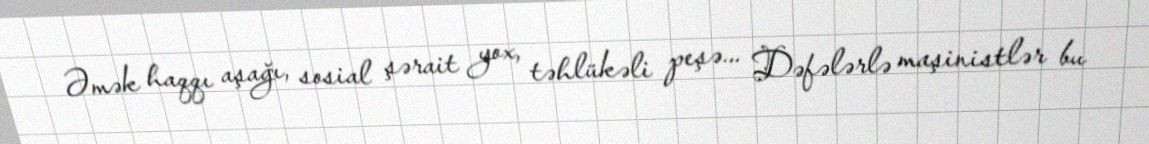
Əmək haqqı aşağı, sosial şərait yox, təhlükəli peşə... Dəfələrlə maşinistlər bu